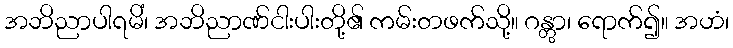
အဘိညာပါရမိံ၊ အဘိညာဏ်ငါးပါးတို့၏ ကမ်းတဖက်သို့။ ဂန္တွာ၊ ရောက်၍။ အဟံ၊